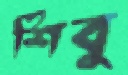
শিবু